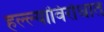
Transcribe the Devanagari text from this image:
हल्ल्यांविरोधात